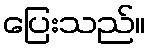
ပြေးသည်။